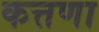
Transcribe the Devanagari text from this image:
कत्तणा